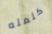
كلمته